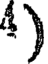
4)